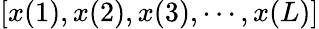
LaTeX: \left[x(1),x(2),x(3),\cdots,x(L)\right]